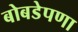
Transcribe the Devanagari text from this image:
बोबडेपणा